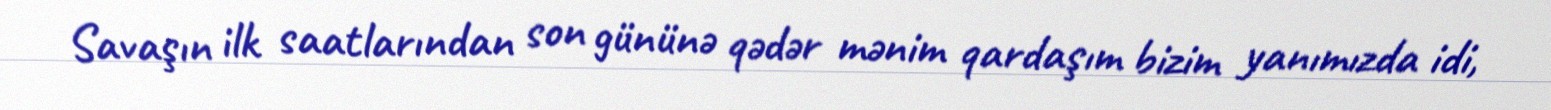
Savaşın ilk saatlarından son gününə qədər mənim qardaşım bizim yanımızda idi,